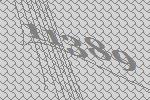
11389